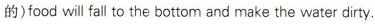
的)food will fall to the bottom and make the water dirty.